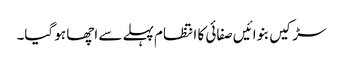
سڑکیں بنوائیں صفائی کا انتظام پہلے سے اچھا ہو گیا۔